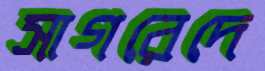
সাগরেদে